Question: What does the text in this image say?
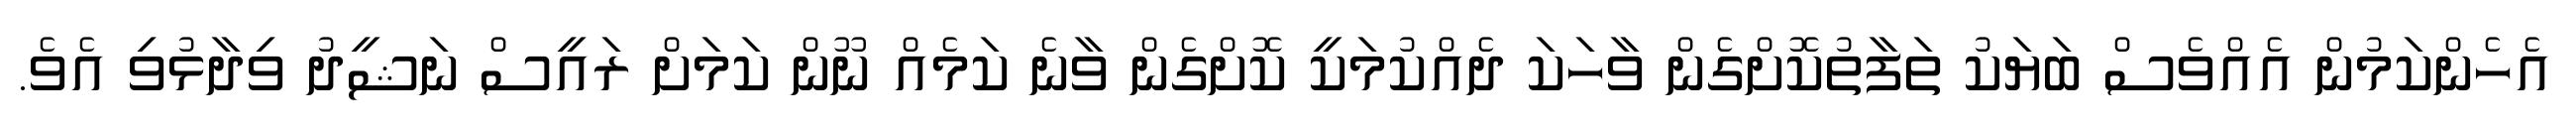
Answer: އެހެންކަމުން އެއްވެސް ބަޔަކު ތަފާތުކޮށްގެން ވާހަކަ ދެއްކުމަކީ ކޮށްގެން ވާނެ ކަމެއް ނޫން ކަމަށް ރައީސް ނަޝީދު ވިދާޅުވި އެވެ.